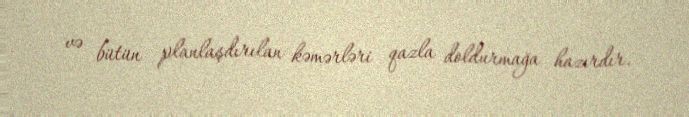
və bütün planlaşdırılan kəmərləri qazla doldurmağa hazırdır.